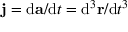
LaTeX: \mathbf { j } = \mathrm { d } \mathbf { a } / \mathrm { d } t = \mathrm { d } ^ { 3 } \mathbf { r } / \mathrm { d } t ^ { 3 }